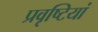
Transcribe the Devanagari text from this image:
प्रवृष्‍टियां